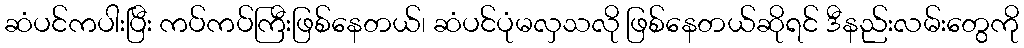
ဆံပင်ကပါးပြီး ကပ်ကပ်ကြီးဖြစ်နေတယ်၊ ဆံပင်ပုံမလှသလို ဖြစ်နေတယ်ဆိုရင် ဒီနည်းလမ်းတွေကို